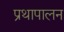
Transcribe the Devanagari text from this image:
प्रथापालन